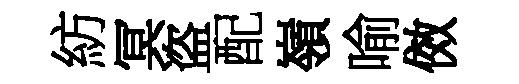
紡冥盗配嶺喻傚